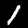
Label: 1